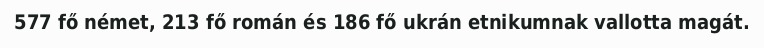
577 fő német, 213 fő román és 186 fő ukrán etnikumnak vallotta magát.